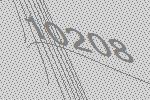
10208